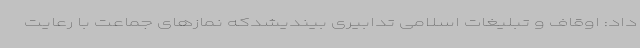
داد: اوقاف و تبلیغات اسلامی تدابیری بیندیشدکه نمازهای جماعت با رعایت